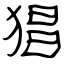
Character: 猖